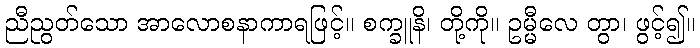
ညီညွတ်သော အာလောစနာကာရဖြင့်။ စက္ခူနိ၊ တို့ကို။ ဥမ္မီလေ တွာ၊ ဖွင့်၍။